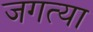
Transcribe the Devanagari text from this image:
जगत्या